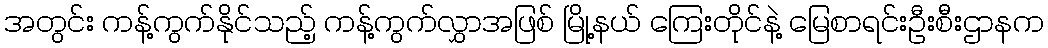
အတွင်း ကန့်ကွက်နိုင်သည့် ကန့်ကွက်လွှာအဖြစ် မြို့နယ် ကြေးတိုင်နဲ့ မြေစာရင်းဦးစီးဌာနက